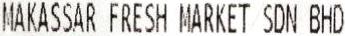
MAKASSAR FRESH MARKET SDN BHD